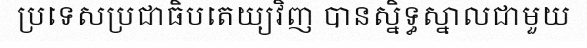
ប្រទេសប្រជាធិបតេយ្យវិញ បានស្និទ្ធស្នាលជាមួយ